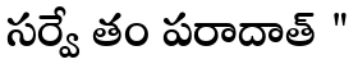
సర్వే తం పరాదాత్ "